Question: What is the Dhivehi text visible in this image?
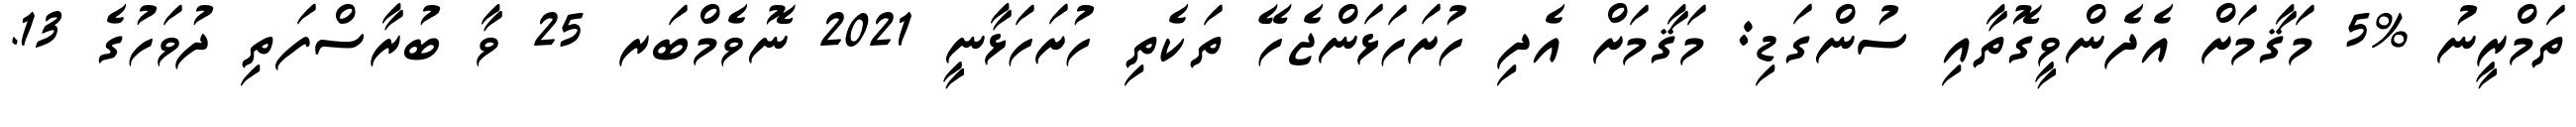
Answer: ތަމްރީނު %5 މަޤާމަށް އެދެންވީގޮތާއި ސުންގަޑި: މަޤާމަށް އެދި ހުށަހަޅަންޖެހޭ ތަކެތި ހުށަހަޅާނީ 2021 ނޮވެމްބަރ 25 ވާ ބުރާސްފަތި ދުވަހުގެ 13.